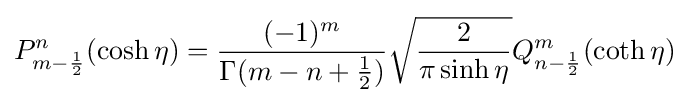
P_{m-{\frac {1}{2}}}^{n}(\cosh \eta )={\frac {(-1)^{m}}{\Gamma (m-n+{\frac {1}{2}})}}{\sqrt {\frac {2}{\pi \sinh \eta }}}Q_{n-{\frac {1}{2}}}^{m}(\coth \eta )